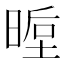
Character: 𭦵